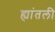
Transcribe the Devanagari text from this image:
ह्यांतली